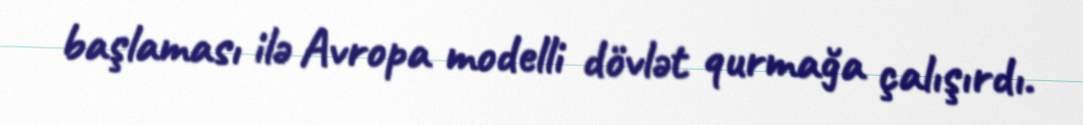
başlaması ilə Avropa modelli dövlət qurmağa çalışırdı.